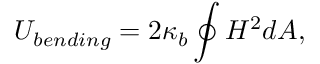
U _ { b e n d i n g } = 2 \kappa _ { b } \oint { H ^ { 2 } d A } ,